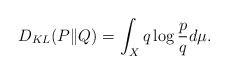
\begin{align*} D_{KL}(P\|Q)= \int_{X} q \log \frac{p}{q} d\mu.\end{align*}